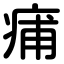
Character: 痡